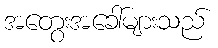
အတွေးအခေါ်များသည်